Annual administration report of the Civil Veterinary Department of India - 1895-1896
Year: 1895
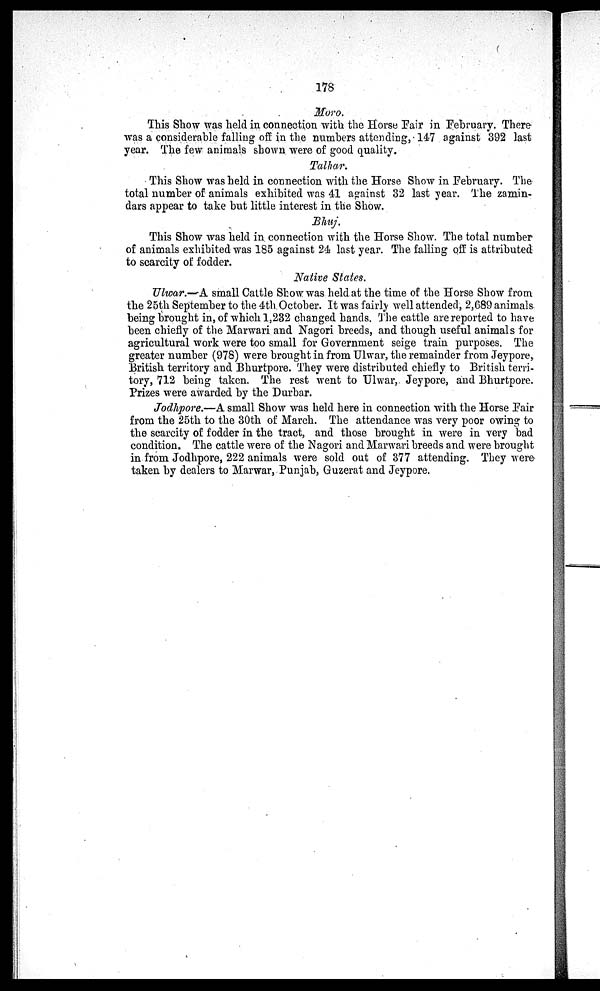
178
Moro.
This Show was held in connection with the Horse Pair in February. There
was a considerable falling off in the numbers attending, 147 against 392 last
year. The few animals shown were of good quality.
Talhar.
This Show was held in connection with the Horse Show in February. The
total number of animals exhibited was 41 against 32 last year. The zamin-
dars appear to take but little interest in the Show.
Bhuj.
This Show was held in connection with the Horse Show. The total number
of animals exhibited was 185 against 24 last year. The falling off is attributed
to scarcity of fodder.
Native States.
Ulwar.—A small Cattle Show was held at the time of the Horse Show from
the 25th September to the 4th October. It was fairly well attended, 2,689 animals
being brought in, of which 1,232 changed hands. The cattle are reported to have
been chiefly of the Marwari and Nagori breeds, and though useful animals for
agricultural work were too small for Government seige train purposes. The
greater number (978) were brought in from Ulwar, the remainder from Jeypore,
British territory and Bhurtpore. They were distributed chiefly to British terri-
tory, 712 being taken. The rest went to Ulwar, Jeypore, and Bhurtpore.
Prizes were awarded by the Durbar.
Jodhpore.—A small Show was held here in connection with the Horse Pair
from the 25th to the 30th of March. The attendance was very poor owing to
the scarcity of fodder in the tract, and those brought in were in very bad
condition. The cattle were of the Nagori and Marwari breeds and were brought
in from Jodhpore, 222 animals were sold out of 377 attending. They were
taken by dealers to Marwar, Punjab, Guzerat and Jeypore.